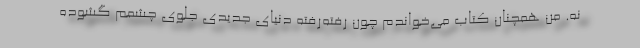
نه. من همچنان کتاب می‌خواندم چون رفته‌رفته دنیای جدیدی جلوی چشمم گشوده